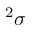
^ 2 \sigma